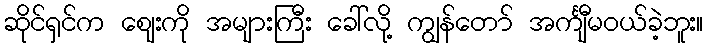
ဆိုင်ရှင်က ဈေးကို အများကြီး ခေါ်လို့ ကျွန်တော် အင်္ကျီမဝယ်ခဲ့ဘူး။